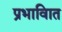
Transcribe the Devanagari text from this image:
प्रभावाित